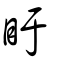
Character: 盱